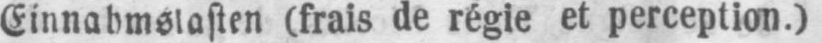
Einnahmslasten (frais de régie et perception.)